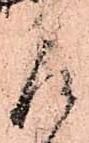
取